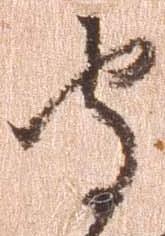
守